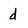
Character: d